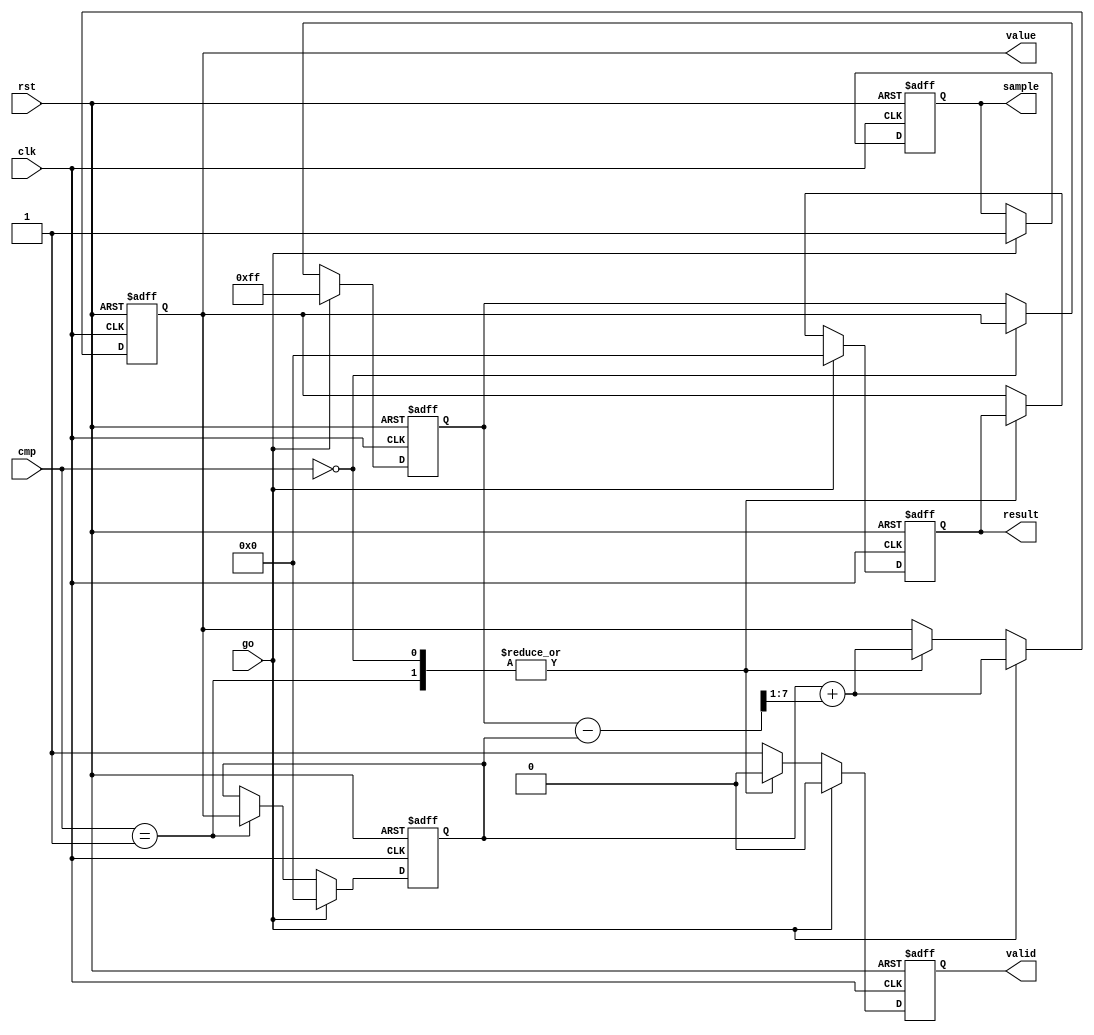

`timescale 1ns/1ns

module controller(go, clk, rst, cmp, sample, value, result, valid);
    parameter NOB = 8;
    
    input go;
    input clk;
    input rst;
    input [1:0]cmp;
    output reg sample;
    output reg valid;
    output reg [NOB-1:0]value;
    output reg [NOB-1:0] result;
    
    reg [NOB-1:0] first;
    reg [NOB-1:0] last;
    
    wire [NOB-1:0] mid = first + ((last-first) >> 1);
    
    always @(posedge clk or negedge rst) begin
        if(!rst) begin
            value <= {NOB{1'b0}};
            result <= {NOB{1'b0}};
            first <= {NOB{1'b0}};
            last <= {NOB{1'b1}};
            valid <= 1'b0;
            sample <= 1'b0;
        end
        else begin
            if(go) begin
                value <= mid;
                result <= {NOB{1'b0}};
                first <= {NOB{1'b0}};
                last <= {NOB{1'b1}};
                valid <= 1'b0;
                sample <= 1'b1;
            end
            else begin
            
                case(cmp)
                    2'b00:              //mid > result
                        begin
                            valid <= 1'b0;
                            last <= value;
                            value <= mid;
                        end
                    2'b01:
                        begin
                            valid <= 1'b0;
                            first <= value;
                            value <= mid;
                        end
                    default:
                        begin
                            valid <=1'b1;
                            result <= value;
                        end
                endcase
            end
        end
    end
    
endmodule